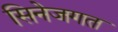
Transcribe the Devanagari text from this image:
सिनेजगत